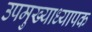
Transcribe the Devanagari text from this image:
उपमुख्याध्यापक